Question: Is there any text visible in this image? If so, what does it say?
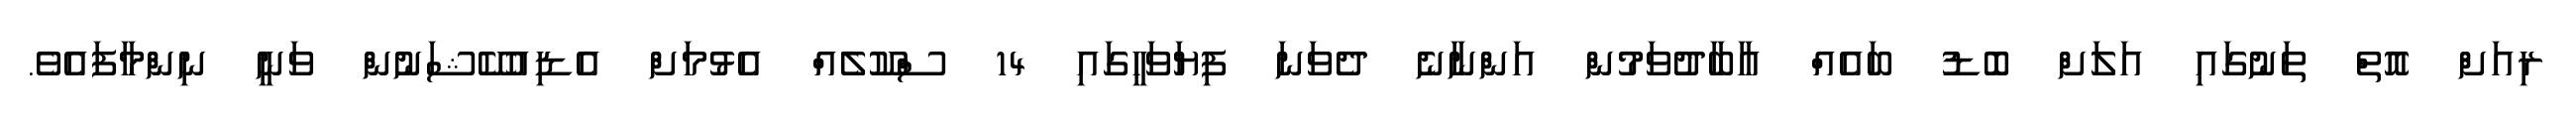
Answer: ރިއަށް އޮތް ތަނުގައި އަލަށް ބޮޑު ބައެއް އާބާދުވަމުން އަންނާނެ ދެވަނަ ފިޔަވަހީގައި 14 ސްކޫލެއް އެޅުމަށް އެޑިއުކޭޝަނުން ވަނީ ނިންމާފައެވެ.